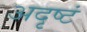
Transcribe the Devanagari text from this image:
अदृष्टं